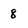
Character: 8